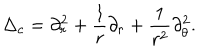
\Delta _ { c } = \partial _ { r } ^ { 2 } + \frac 1 r \partial _ { r } + \frac 1 { r ^ { 2 } } \partial _ { \theta } ^ { 2 } .